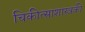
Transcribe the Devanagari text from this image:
चिकीत्साशास्त्रकी